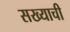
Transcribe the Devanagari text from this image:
सख्याची